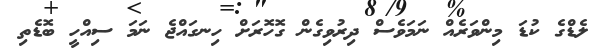
ލެޑްގެ ކުޑަ މިންވަރެއް ނަމަވެސް ދިރުވިގެން ގޮހޮރަށް ހިނގައްޖެ ނަމަ ސިއްހީ ބޮޑެތި